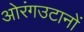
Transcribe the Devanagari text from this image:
ओरंगउटानों